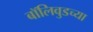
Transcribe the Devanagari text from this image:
बॉलिवुडच्या